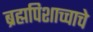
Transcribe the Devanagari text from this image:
ब्रह्मपिशाच्चाचे